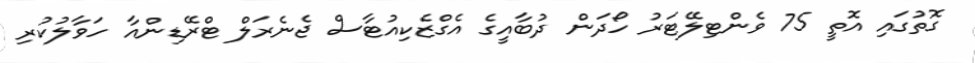
ގޮތުގައި އޮތީ 75 ވެންޓިލޭޓަރު ހޯދަން ދުބާއީގެ އެގްޒެކިއުޓާސް ޖެނެރަލް ޓްރޭޑިންއާ ހަވާލުކުރި